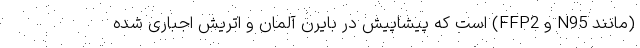
(مانند N95 و FFP2) است که پیشاپیش در بایرن آلمان و اتریش اجباری شده